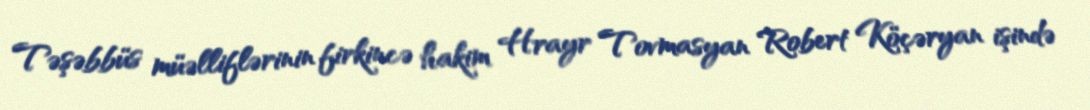
Təşəbbüs müəlliflərinin firkincə hakim Hrayr Tovmasyan Robert Köçəryan işində